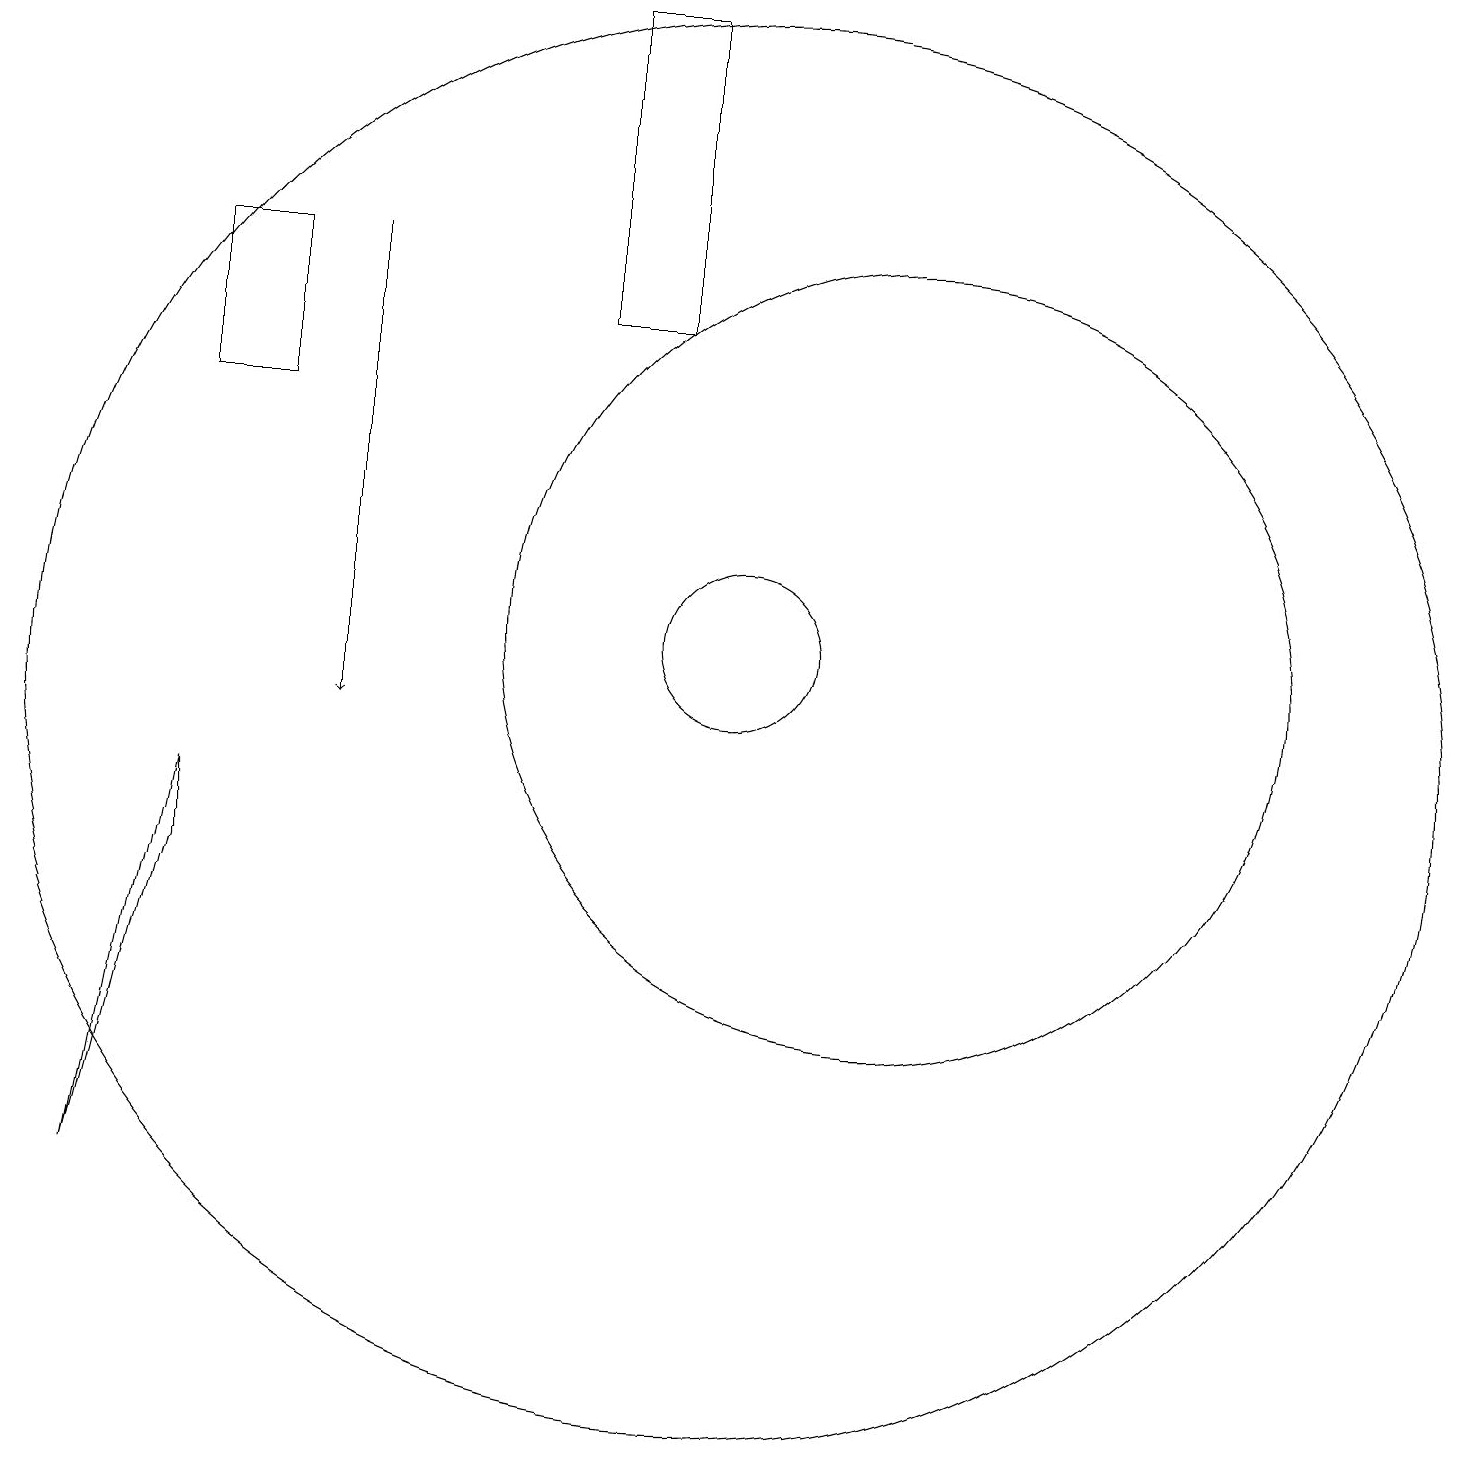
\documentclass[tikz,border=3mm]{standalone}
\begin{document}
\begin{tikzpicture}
\draw (2,4) -- (3,9) -- (3,8) -- cycle;
\draw (10,10) circle (9);
\draw (10,11) circle (1);
\draw (8,15) rectangle (9,19);
\draw (12,11) circle (5);
\draw (10,12) circle (0);
\draw[->] (5,16) -- (5,10);
\draw (3,14) rectangle (4,16);
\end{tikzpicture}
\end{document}